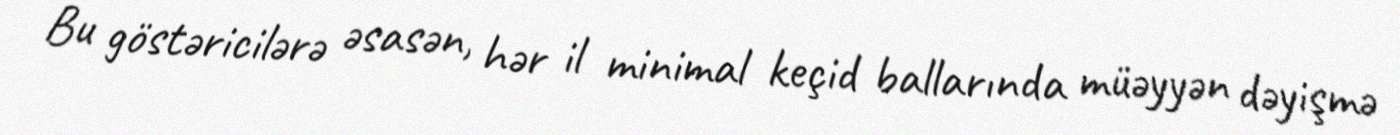
Bu göstəricilərə əsasən, hər il minimal keçid ballarında müəyyən dəyişmə